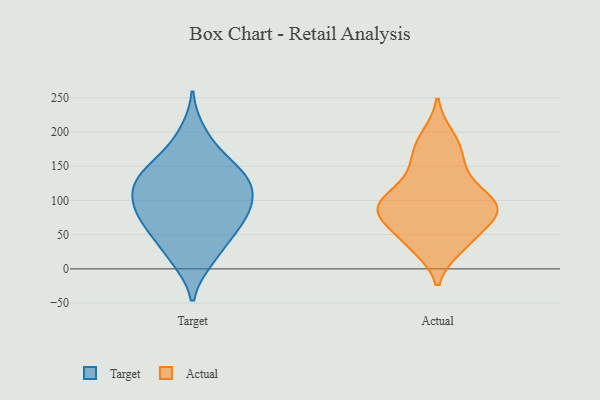
{"axis": {"x": "Customer Acquisition Cost (USD)", "y": "Value"}, "legend": ["Actual", "Target"], "data": [{"x": "", "y": 175, "type": "Target"}, {"x": "", "y": 51, "type": "Target"}, {"x": "", "y": 200, "type": "Target"}, {"x": "", "y": 153, "type": "Target"}, {"x": "", "y": 73, "type": "Target"}, {"x": "", "y": 122, "type": "Target"}, {"x": "", "y": 141, "type": "Target"}, {"x": "", "y": 13, "type": "Target"}, {"x": "", "y": 65, "type": "Target"}, {"x": "", "y": 85, "type": "Target"}, {"x": "", "y": 91, "type": "Target"}, {"x": "", "y": 142, "type": "Target"}, {"x": "", "y": 39, "type": "Target"}, {"x": "", "y": 105, "type": "Target"}, {"x": "", "y": 132, "type": "Target"}, {"x": "", "y": 97, "type": "Target"}, {"x": "", "y": 13, "type": "Target"}, {"x": "", "y": 128, "type": "Target"}, {"x": "", "y": 113, "type": "Target"}, {"x": "", "y": 67, "type": "Target"}, {"x": "", "y": 99, "type": "Actual"}, {"x": "", "y": 91, "type": "Actual"}, {"x": "", "y": 89, "type": "Actual"}, {"x": "", "y": 36, "type": "Actual"}, {"x": "", "y": 92, "type": "Actual"}, {"x": "", "y": 181, "type": "Actual"}, {"x": "", "y": 77, "type": "Actual"}, {"x": "", "y": 160, "type": "Actual"}, {"x": "", "y": 144, "type": "Actual"}, {"x": "", "y": 193, "type": "Actual"}, {"x": "", "y": 67, "type": "Actual"}, {"x": "", "y": 97, "type": "Actual"}, {"x": "", "y": 83, "type": "Actual"}, {"x": "", "y": 42, "type": "Actual"}, {"x": "", "y": 32, "type": "Actual"}, {"x": "", "y": 123, "type": "Actual"}]}